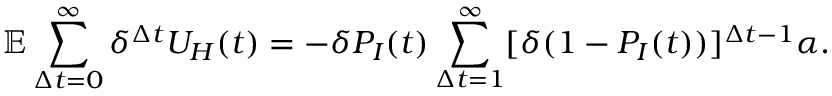
\mathbb { E } \sum _ { \Delta t = 0 } ^ { \infty } \delta ^ { \Delta t } U _ { H } ( t ) = - \delta P _ { I } ( t ) \sum _ { \Delta t = 1 } ^ { \infty } [ \delta ( 1 - P _ { I } ( t ) ) ] ^ { \Delta t - 1 } \alpha .